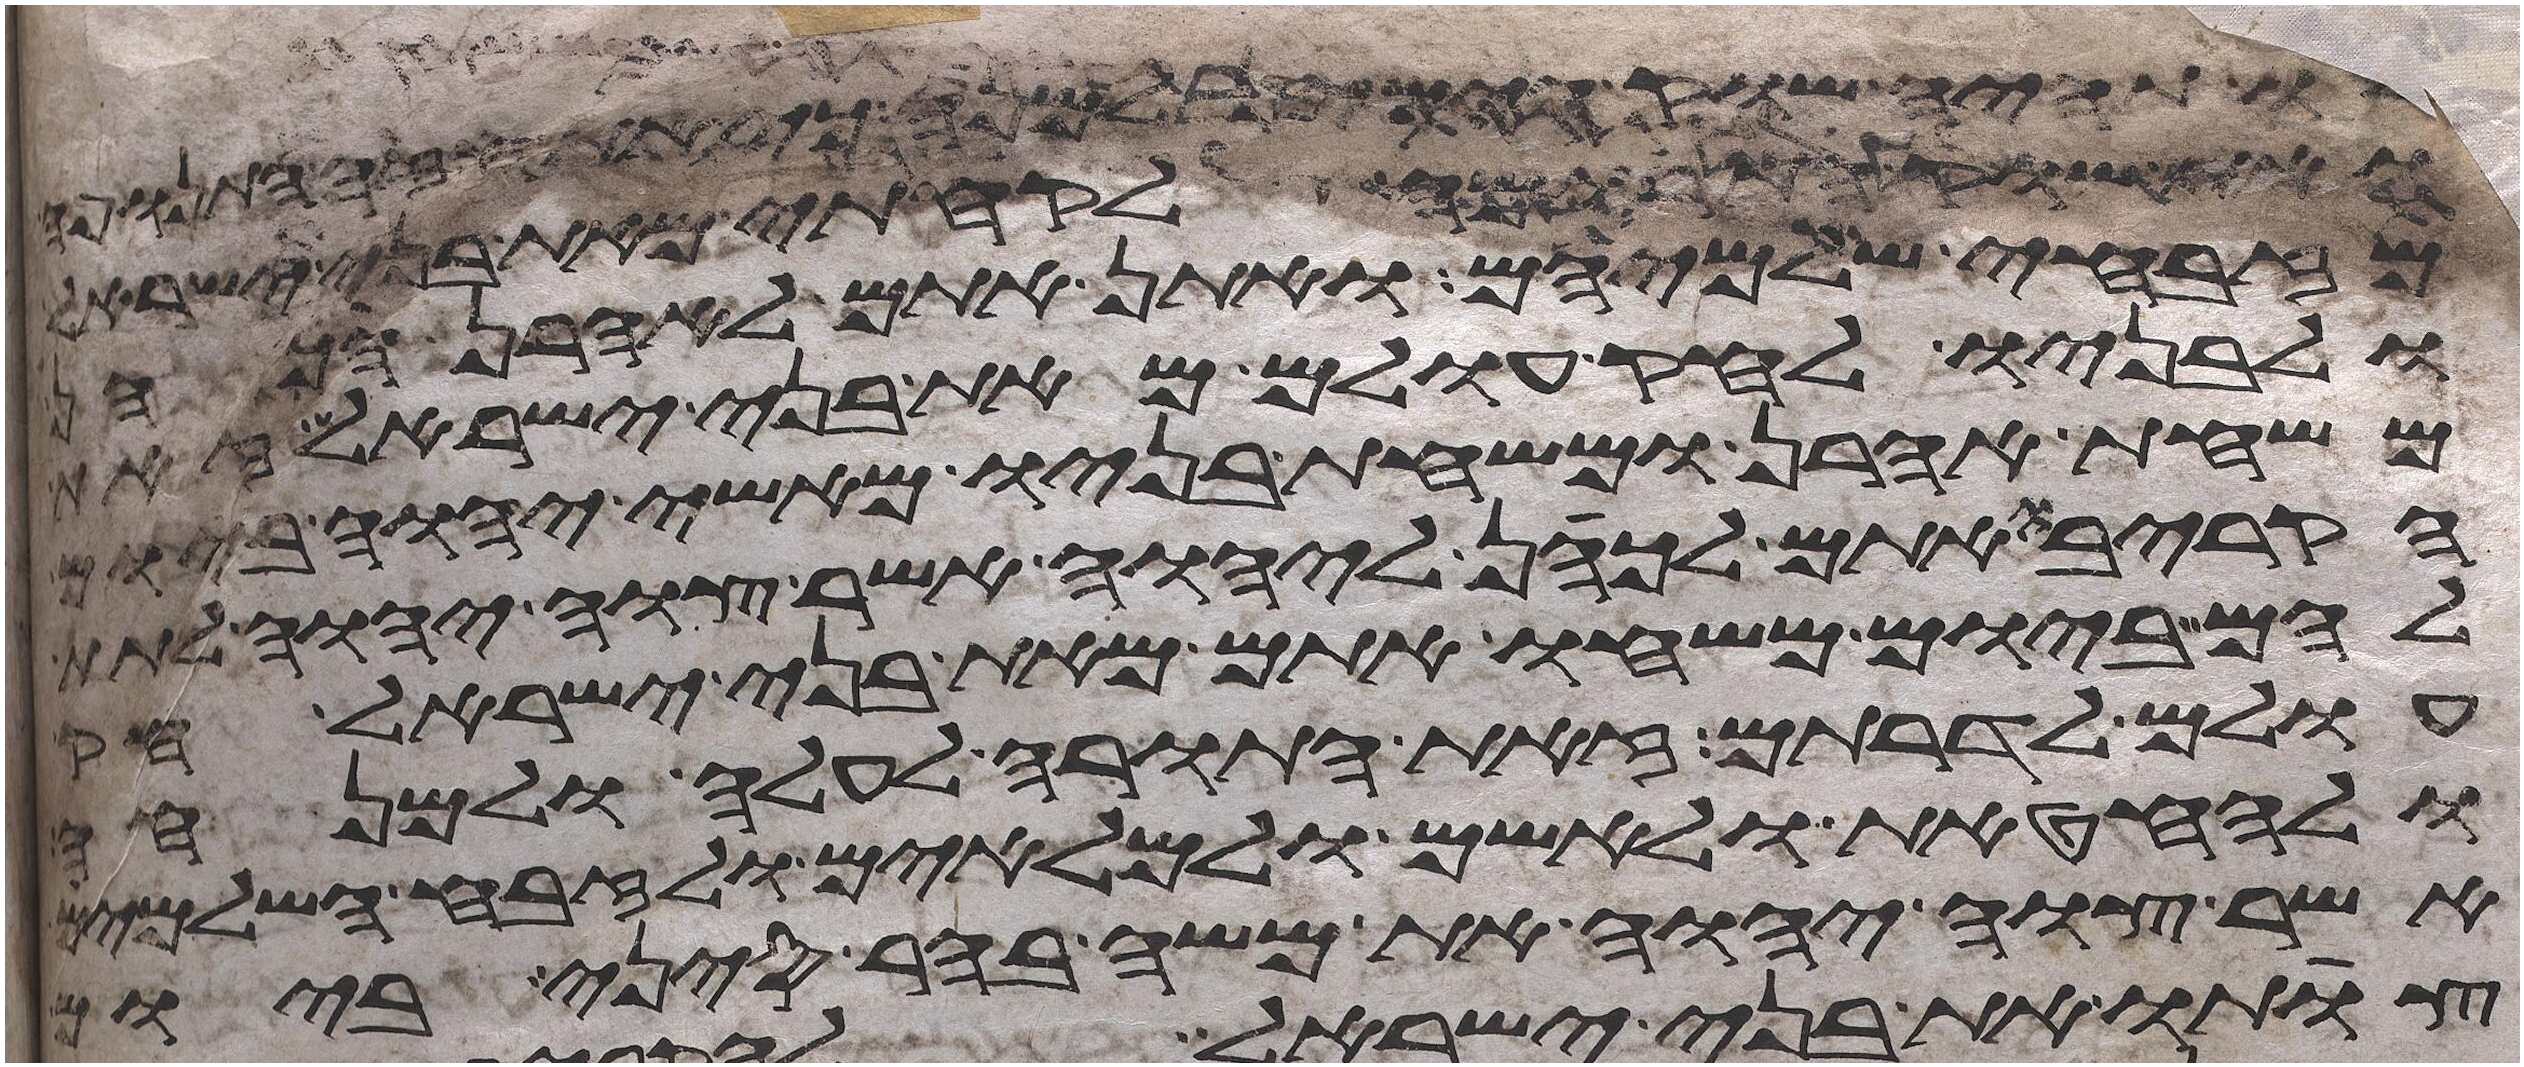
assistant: לו תהיה שוק הימין למנה כי את חזה התנופה
שוק התרומה לקחתי מאת בני ישראל
מזבחי שלמיהם ואתן אתם לאהרן הכהן
ולבניו לחק עולם מאת בני ישראל זאת
משחת אהרן ומשחת בניו מאשי יהוה ביום
הקריבו אתם לכהן ליהוה אשר צוה יהוה לתת
להם ביום משחו אתם מאת בני ישראל חק
עולם לדרותם זאת התורה לעלה ולמנחה
ולחטאת ולאשם ולמלאים ולזבח השלמים
אשר צוה יהוה את משה בהר סיני ביום